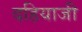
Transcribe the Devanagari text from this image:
दहियाजी